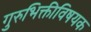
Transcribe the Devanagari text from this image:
गुरुभिक्तीविषयक